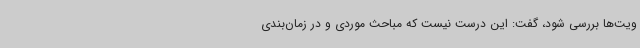
ویت‌ها بررسی شود، گفت: این درست نیست که مباحث موردی و در زمان‌بندی